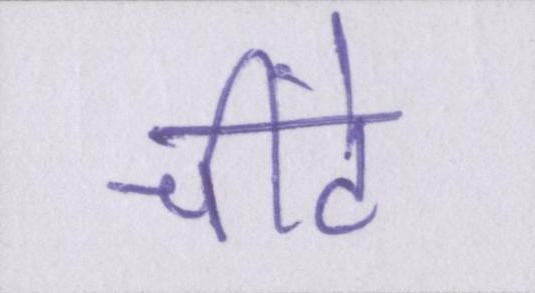
चींटे